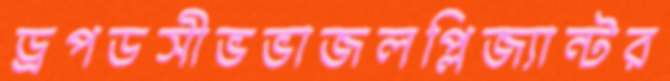
ড্রপডসীভভাজলপ্লিজ্যান্টর